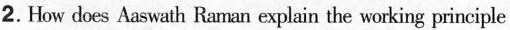
2.How does Aaswath Raman explain the working principle